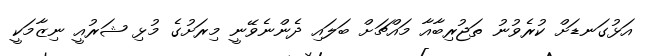
އަޅުގަނޑަށް ކުރެވުނު ތަޖުރިބާއާ މައްޗަށް ބަލައި ދެންނެވޭނީ މިރަށުގެ މުޅި ޝަރުއީ ނިޒާމަކީ